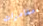
مغامرات